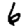
Digit: 6